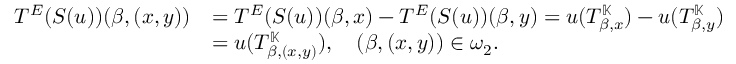
\begin{array} { r l } { T ^ { E } ( S ( u ) ) ( \beta , ( x , y ) ) } & { = T ^ { E } ( S ( u ) ) ( \beta , x ) - T ^ { E } ( S ( u ) ) ( \beta , y ) = u ( T _ { \beta , x } ^ { \mathbb { K } } ) - u ( T _ { \beta , y } ^ { \mathbb { K } } ) } \\ & { = u ( T _ { \beta , ( x , y ) } ^ { \mathbb { K } } ) , \quad ( \beta , ( x , y ) ) \in \omega _ { 2 } . } \end{array}